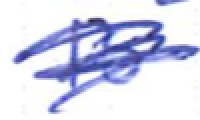
Text: is
Cross-out: scratch
Writing tool: ballpoint